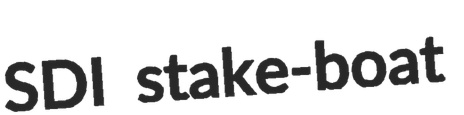
SDI stake-boat